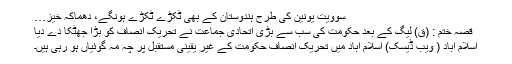
سوویت یونین کی طرح ہندوستان کے بھی ٹکڑے ٹکڑے ہونگے، دھماکہ خیز…
قصہ ختم : (ق) لیگ کے بعد حکومت کی سب سے بڑی اتحادی جماعت نے تحریک انصاف کو بڑا جھٹکا دے دیا
اسلام آباد ( ویب ڈیسک) اسلام آباد میں تحریک انصاف حکومت کے غیر یقینی مستقبل پر چہ مہ گوئیاں ہو رہی ہیں۔